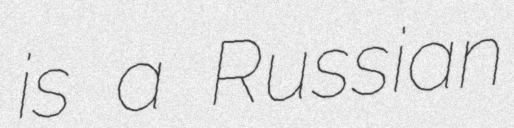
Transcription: is a Russian